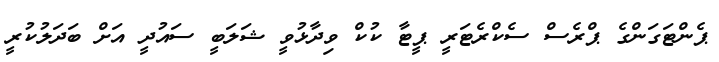
ޕެންޓަގަންގެ ޕްރެސް ސެކްރެޓަރީ ޕީޓާ ކުކް ވިދާޅުވީ ޝަލަބީ ސައުދީ އަށް ބަދަލުކުރީ